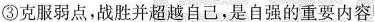
③克服弱点，战胜并超越自己，是自强的重要内容